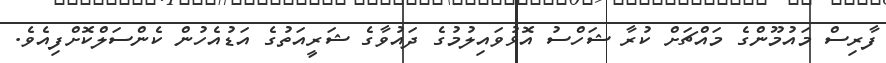
ފާރިސް މައުމޫންގެ މައްޗަށް ކުރާ ޝަހްސު އޮޅުވައިލުމުގެ ދައުވާގެ ޝަރީއަތުގެ އަޑުއެހުން ކެންސަލްކޮށްފިއެވެ.